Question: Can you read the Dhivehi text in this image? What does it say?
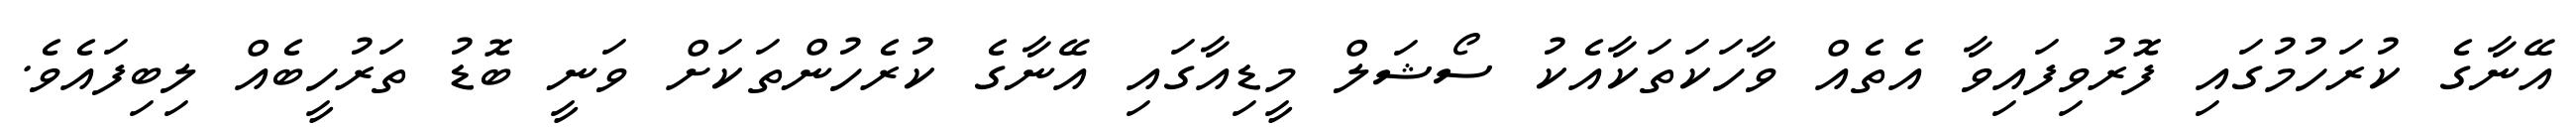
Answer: އޭނާގެ ކުރަހުމުގައި ފޮރުވިފައިވާ އެތެއް ވާހަކަތަކާއެކު ސޯޝަލް މީޑިއާގައި އޭނާގެ ކުރެހުންތަކަށް ވަނީ ބޮޑު ތަރުހީބެއް ލިބިފައެވެ.